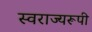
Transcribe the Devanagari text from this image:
स्वराज्यरूपी